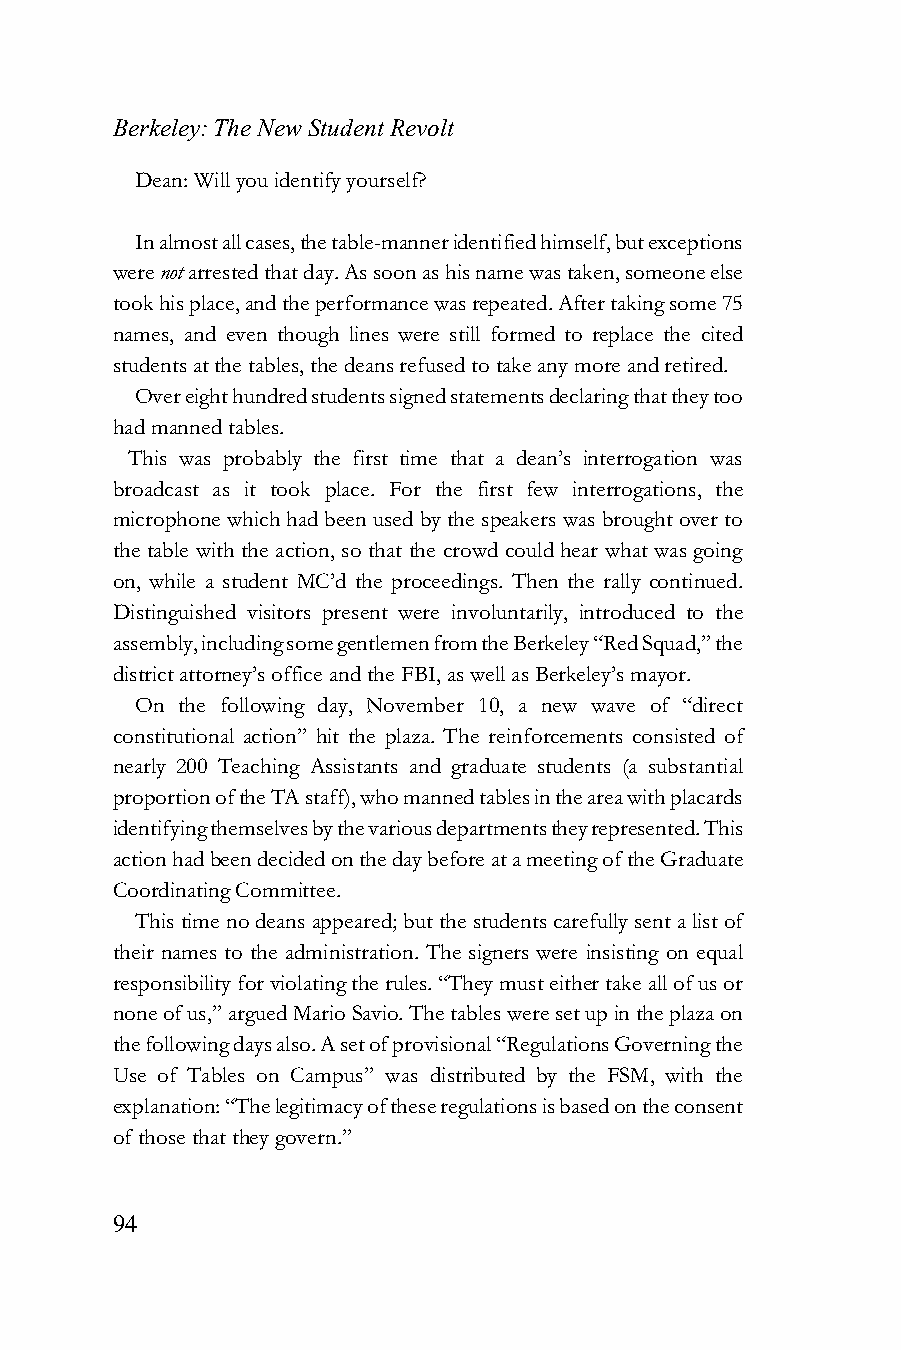
Berkeley: The New Student Revolt
 Dean: Will you identify yourself?
 In almost all cases, the table-manner identified himself, but exceptions
 were not arrested that day. As soon as his name was taken, someone else
 took his place, and the performance was repeated. After taking some 75
 names, and even though lines were still formed to replace the cited
 students at the tables, the deans refused to take any more and retired.
 Over eight hundred students signed statements declaring that they too
 had manned tables.
 This was probably the first time that a dean’s interrogation was
 broadcast as it took place. For the first few interrogations, the
 microphone which had been used by the speakers was brought over to
 the table with the action, so that the crowd could hear what was going
 on, while a student MC’d the proceedings. Then the rally continued.
 Distinguished visitors present were involuntarily, introduced to the
 assembly, including some gentlemen from the Berkeley “Red Squad,” the
 district attorney’s office and the FBI, as well as Berkeley’s mayor.
 On the following day, November 10, a new wave of “direct
 constitutional action” hit the plaza. The reinforcements consisted of
 nearly 200 Teaching Assistants and graduate students (a substantial
 proportion of the TA staff), who manned tables in the area with placards
 identifying themselves by the various departments they represented. This
 action had been decided on the day before at a meeting of the Graduate
 Coordinating Committee.
 This time no deans appeared; but the students carefully sent a list of
 their names to the administration. The signers were insisting on equal
 responsibility for violating the rules. “They must either take all of us or
 none of us,” argued Mario Savio. The tables were set up in the plaza on
 the following days also. A set of provisional “Regulations Governing the
 Use of Tables on Campus” was distributed by the FSM, with the
 explanation: “The legitimacy of these regulations is based on the consent
 of those that they govern.”
 94